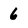
Character: 6